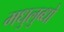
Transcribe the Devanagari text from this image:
मधुलुब्धो